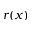
r ( x )